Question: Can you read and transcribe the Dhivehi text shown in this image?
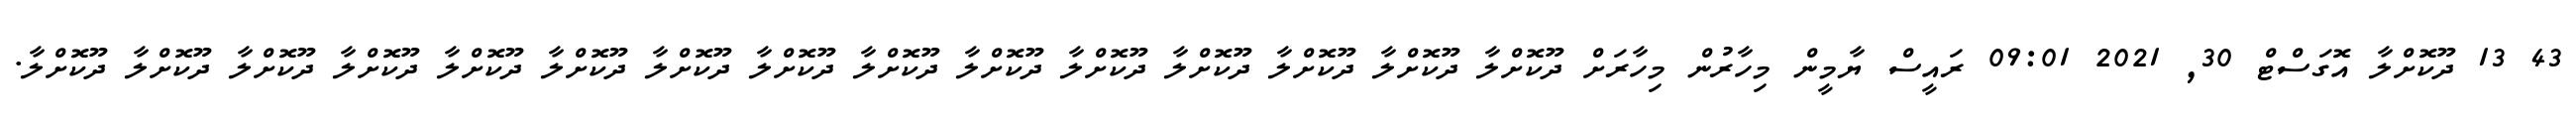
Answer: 43 13 ދޫކޮށްލާ އޮގަސްޓް 30, 2021 09:01 ރައީސް ޔާމީން މިހާރުން މިހާރަށް ދޫކޮށްލާ ދޫކޮށްލާ ދޫކޮށްލާ ދޫކޮށްލާ ދޫކޮށްލާ ދޫކޮށްލާ ދޫކޮށްލާ ދޫކޮށްލާ ދޫކޮށްލާ ދޫކޮށްލާ ދޫކޮށްލާ ދޫކޮށްލާ ދޫކޮށްލާ ދޫކޮށްލާ ދޫކޮށްލާ.